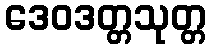
ဒေဝဒတ္တသုတ္တ